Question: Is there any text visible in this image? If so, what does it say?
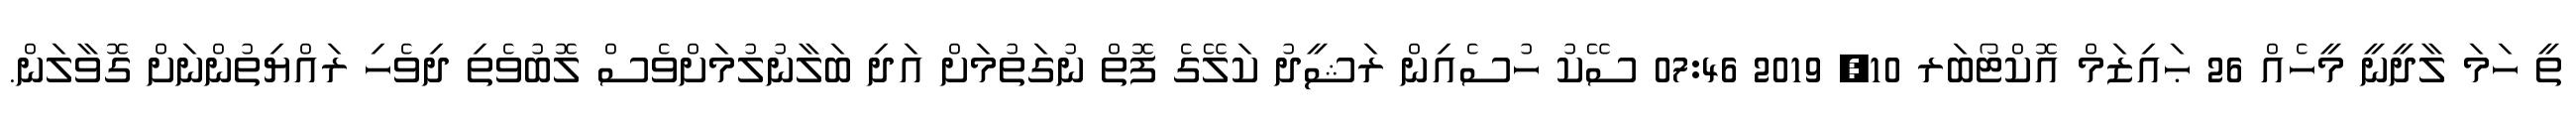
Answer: ތީ ހަމަ ލާދީނީ މީހެއް 26 ޙައިޒަމް އޮކްޓޯބަރ 10, 2019 07:46 ސޭކު ހުސެއިން ރަޝީދު ކަލޭގެ ފޮތް ނުގަތުމަށް އަދި ބަލާނުލުމަށްވެސް ލޮބުވެތި ދިވެހި ރައްޔިތުންނަށް ގޮވާލަން.